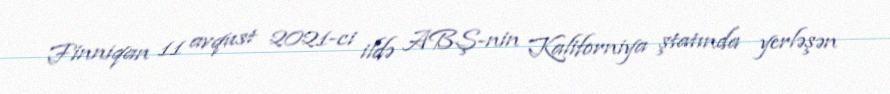
Finniqan 11 avqust 2021-ci ildə ABŞ-nin Kaliforniya ştatında yerləşən